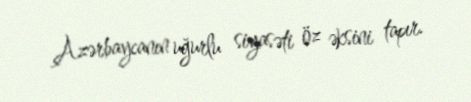
Azərbaycanın uğurlu siyasəti öz əksini tapır.